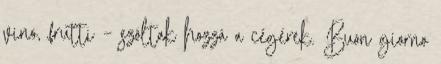
vino, frutti – szóltak hozzá a cégérek. Buon giorno